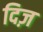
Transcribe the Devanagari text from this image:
दिज़